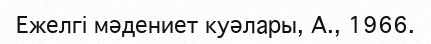
Ежелгі мәдениет куәлары, А., 1966.